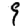
Digit: 9